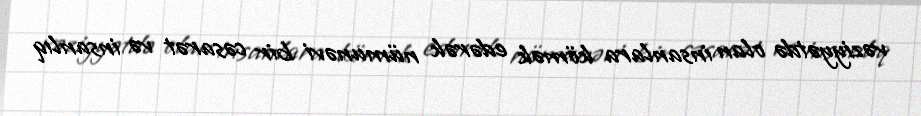
vəziyyətdə olan insanlara kömək edərək nümunəvi bir cəsarət və insanlıq